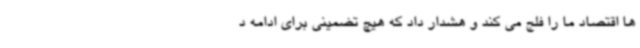
ها اقتصاد ما را فلج می کند و هشدار داد که هیچ تضمینی برای ادامه د